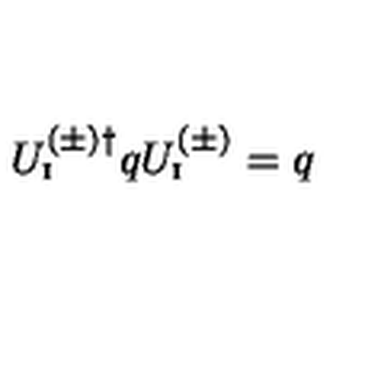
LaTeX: U _ { \mathrm { \scriptscriptstyle I } } ^ { ( \pm ) \dagger } q U _ { \mathrm { \scriptscriptstyle I } } ^ { ( \pm ) } = q